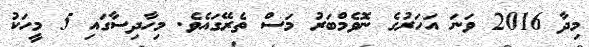
މިދާ 2016 ވަނަ އަހަރުގެ ނޮވެމްބަރު މަސް ތެރޭގައެވެ. މިހާދިސާގައި 5 މީހަކު